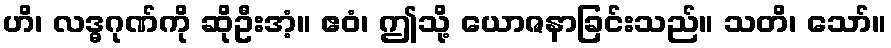
ဟိ၊ လဒ္ဓဂုဏ်ကို ဆိုဦးအံ့။ ဧဝံ၊ ဤသို့ ယောဇနာခြင်းသည်။ သတိ၊ သော်။